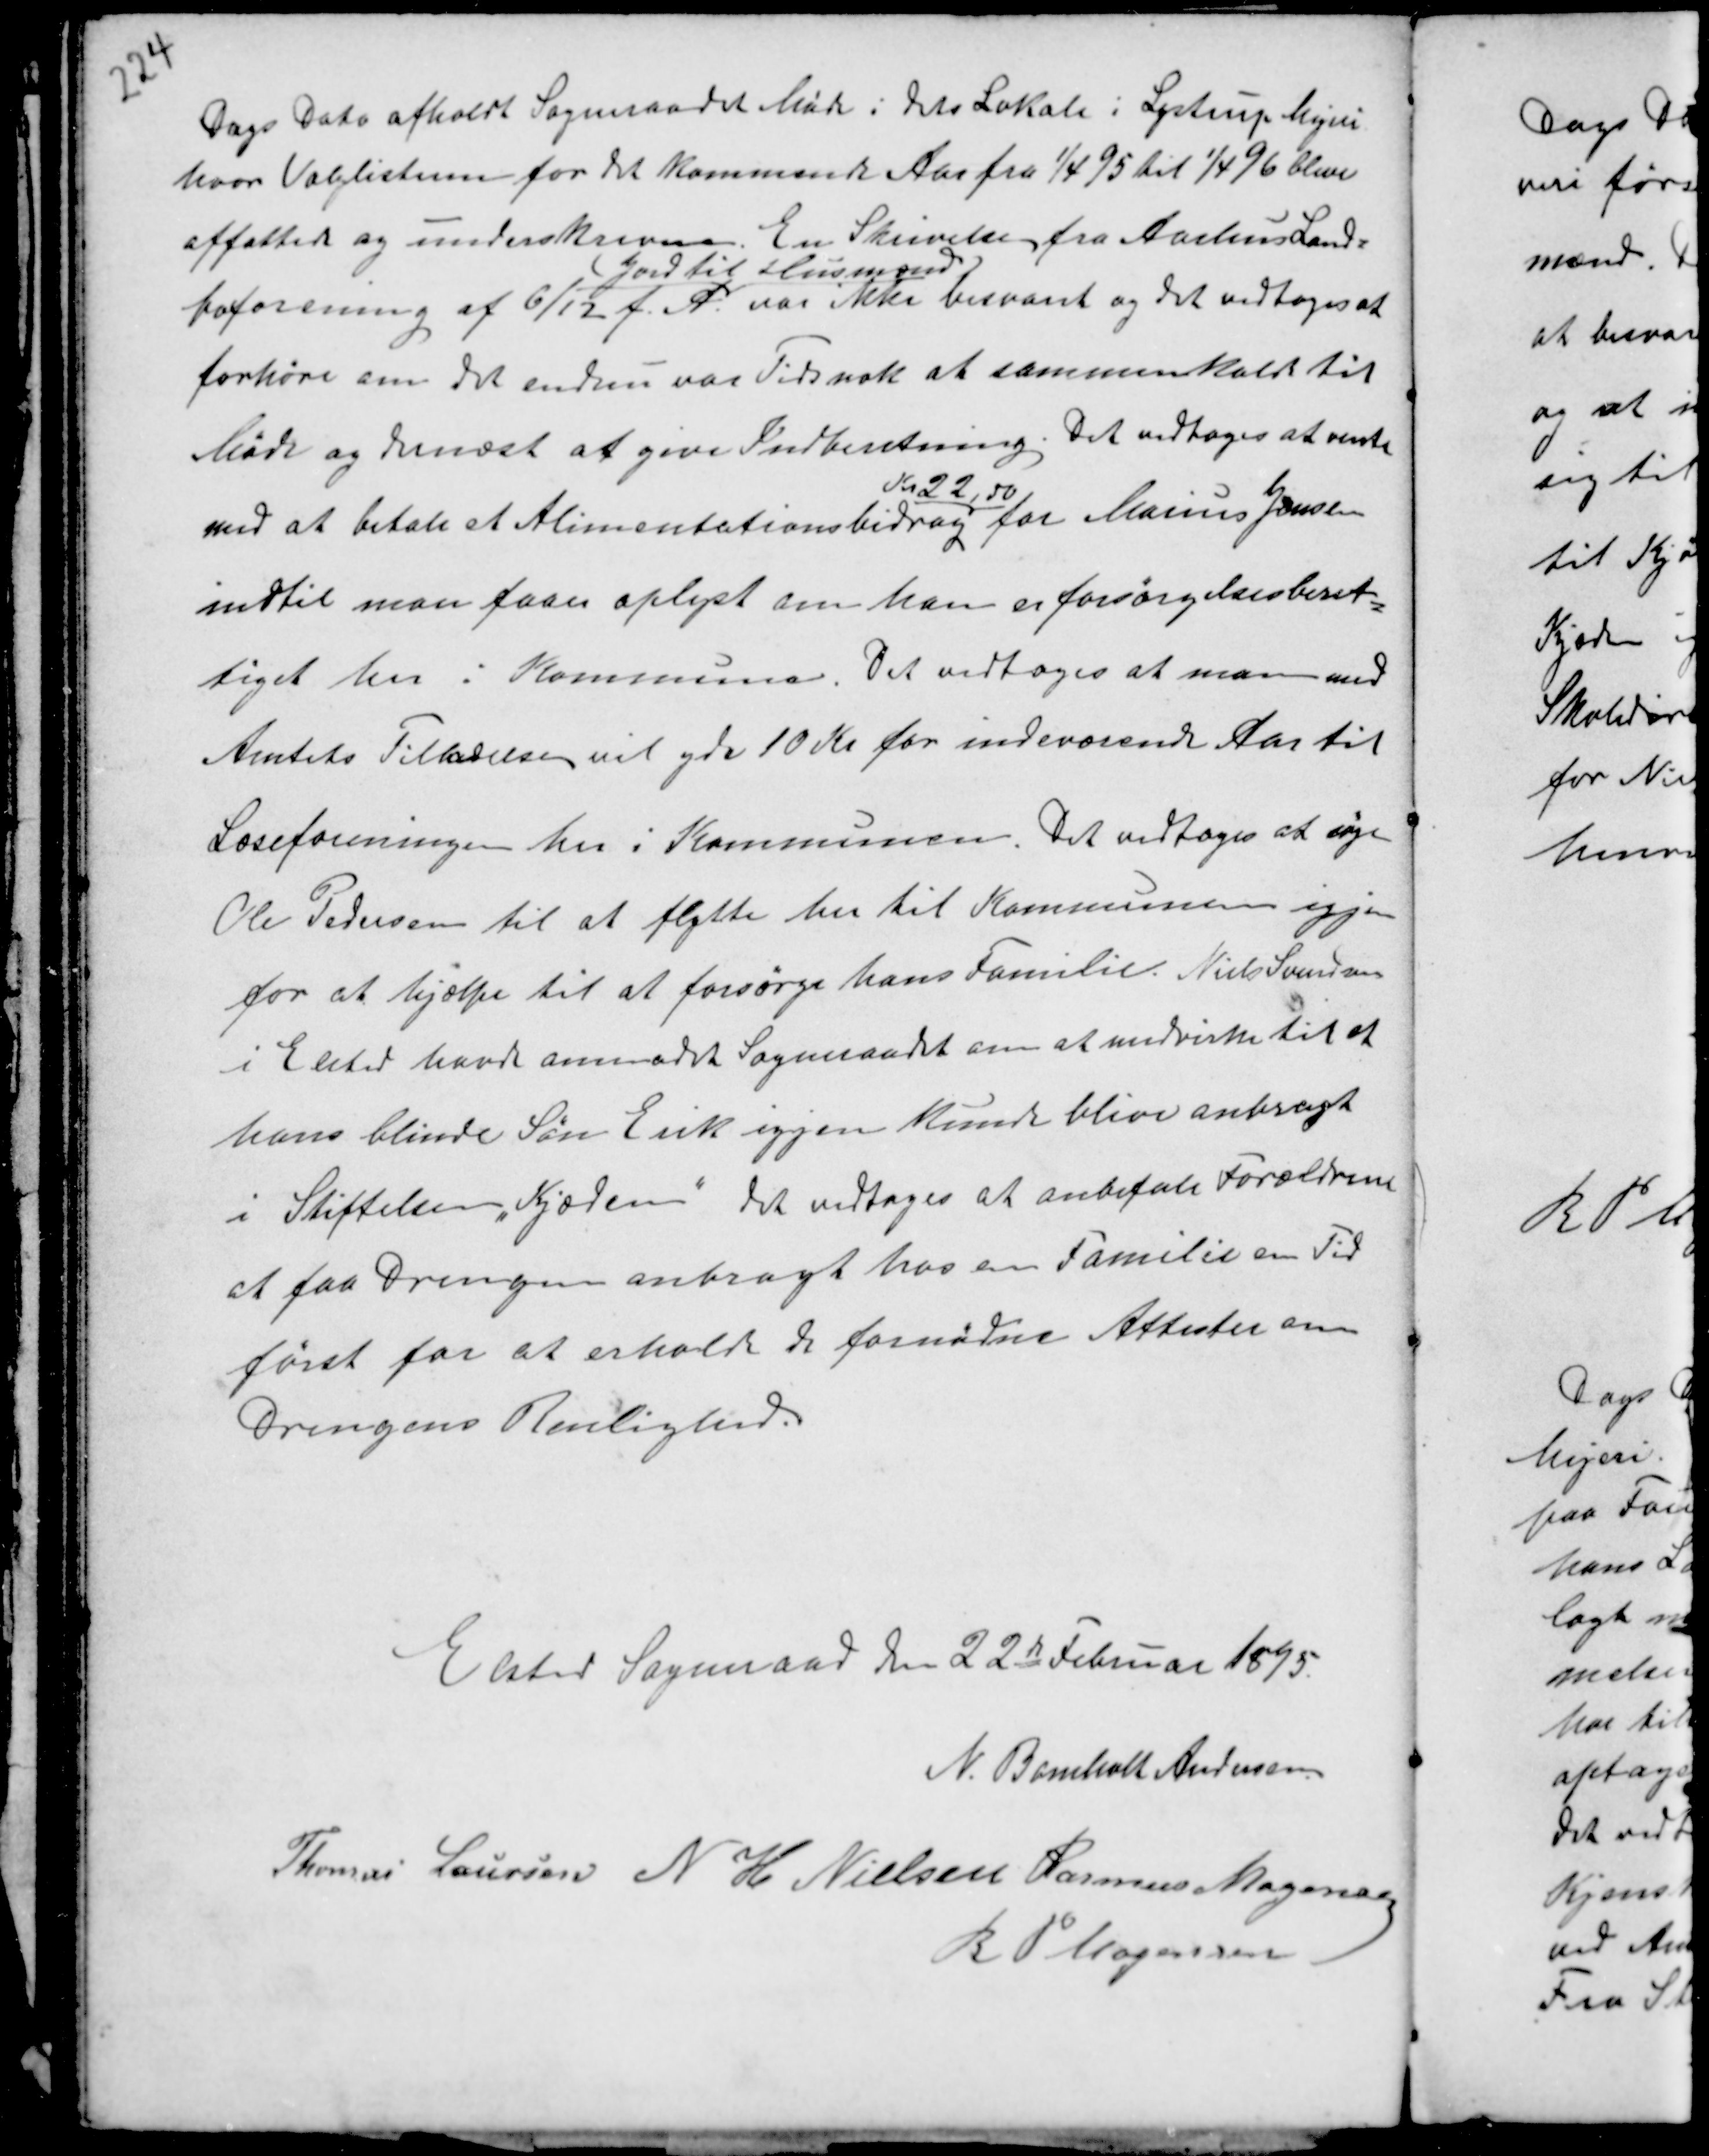
Transskription:
Dags Dato afholdt Sogneraadet Møde i dets Lokale i Lystrup Mejeri
hvor Valglisterne for det kommende Aar fra 1/4 95 til 1/4 96 blev
affattede og underskreven. En Skrivelse fra Aarhus Land-
boforening af 6/12 f.A.
( Jord til Husmænd )
var ikke besvaret og det vedtoges at
forhøre om det endnu var Tidsnok at sammenkalde til
Møde og dernæst at give Indberetning. Det vedtoges at vente
med at betale Alimentationsbidrag
Kr 22,50
for Marius Jensen
indtil man faaer oplyst om han er forsørgelsesberet-
tiget her i Kommunen. Det vedtoges at man med
Amtets Tilladelse vil yde 10 Kr for indeværende Aar til
Læseforeningen her i Kommunen. Det vedtoges at søge
Ole Pedersen til at flytte her til Kommunen igjen
for at hjælpe til at forsørge hans Familie. Niels Svendsen
i Elsted havde anmodet Sogneraadet om at medvirke til at
hans blinde Søn Erik igjen kunde blive anbragt
i Stiftelsen "Kjæden" det vedtoges at anbefale Forældrene
at faa Drengen anbragt hos en Familie en Tid
først for at erholde de fornødne Attester om
Drengens Renlighed.

Elsted Sogneraad den 22de Februar 1895.
N. Bomholt Andersen
Thomas Laursen N H Nielsen Rasmus Mogensen
R P Mogensen